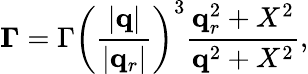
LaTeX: {\mathbf\Gamma}=\Gamma\left(\frac{|\mathbf q|}{|\mathbf q_{r}|}\right)^{3}\frac{{\mathbf q}_{r}^{2}+X^{2}}{{\mathbf q}^{2}+X^{2}},